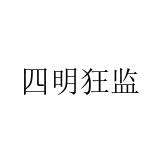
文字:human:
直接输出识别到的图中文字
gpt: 四明狂监